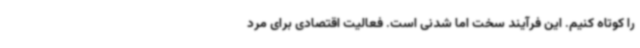
را کوتاه کنیم. این فرآیند سخت اما شدنی است. فعالیت اقتصادی برای مرد